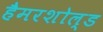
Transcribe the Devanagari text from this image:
हैमरशोल्ड